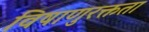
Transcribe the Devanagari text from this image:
विषाणुरक्तता